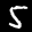
Label: 5